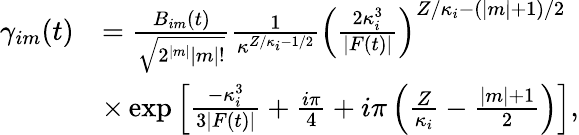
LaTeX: \begin{array}{rl}{\gamma_{im}(t)}&{=\frac{B_{im}(t)}{\sqrt{2^{|m|}|m|!}}\frac{1}{\kappa^{Z/\kappa_{i}-1/2}}\left(\frac{2\kappa_{i}^{3}}{|F(t)|}\right)^{Z/\kappa_{i}-(|m|+1)/2}}\\ &{\times\exp{\left[\frac{-\kappa_{i}^{3}}{3|F(t)|}+\frac{i\pi}{4}+i\pi\left(\frac{Z}{\kappa_{i}}-\frac{|m|+1}{2}\right)\right]},}\end{array}